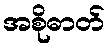
အစိုဓာတ်